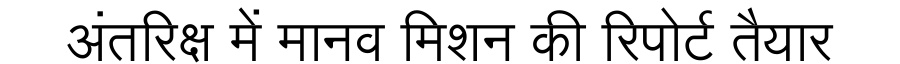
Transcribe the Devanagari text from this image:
अंतरिक्ष में मानव मिशन की रिपोर्ट तैयार